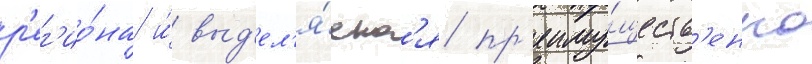
р'ег'ио́на и́ выд'ел'я́етс'я пр'еиму́ществ'енно